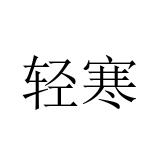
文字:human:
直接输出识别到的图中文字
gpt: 轻寒